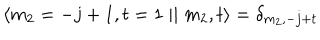
LaTeX: \langle m _ { 2 } = - j + 1 , t = 1 \mid \mid m _ { 2 } , t \rangle = \delta _ { m _ { 2 } , - j + t }